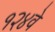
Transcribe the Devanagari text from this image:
१२४वे